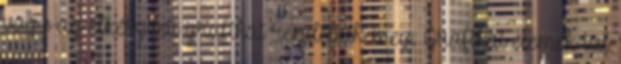
vagy az elkészített grafikát rendeljük meg. Grafikai elemek túl